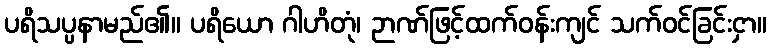
ပရိသပ္ပနာမည်၏။ ပရိယော ဂါဟိတုံ၊ ဉာဏ်ဖြင့်ထက်ဝန်းကျင် သက်ဝင်ခြင်းငှာ။